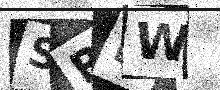
Text: SRBW